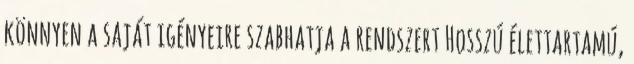
könnyen a saját igényeire szabhatja a rendszert Hosszú élettartamú,